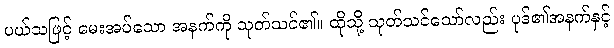
ပယ်သဖြင့် မေးအပ်သော အနက်ကို သုတ်သင်၏။ ထိုသို့ သုတ်သင်သော်လည်း ပုဒ်၏အနက်နှင့်